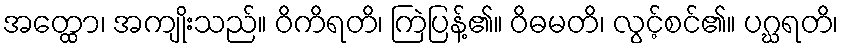
အတ္ထော၊ အကျိုးသည်။ ဝိကိရတိ၊ ကြဲပြန့်၏။ ဝိဓမတိ၊ လွင့်စင်၏။ ပဂ္ဃရတိ၊